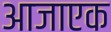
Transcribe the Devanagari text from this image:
आजाएक